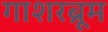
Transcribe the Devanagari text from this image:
गाशरब्रूम